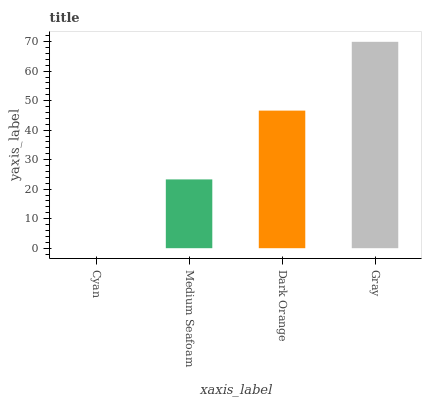
| xaxis_label | bars |
 | --- | --- |
 | Cyan | 0 |
 | Medium Seafoam | 23.3 |
 | Dark Orange | 46.6 |
 | Gray | 69.9 |